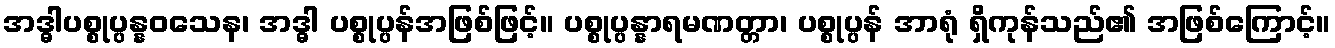
အဒ္ဓါပစ္စုပ္ပန္နဝသေန၊ အဒ္ဓါ ပစ္စုပ္ပန်အဖြစ်ဖြင့်။ ပစ္စုပ္ပန္နာရမဏတ္တာ၊ ပစ္စုပ္ပန် အာရုံ ရှိကုန်သည်၏ အဖြစ်ကြောင့်။